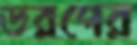
ডরপের